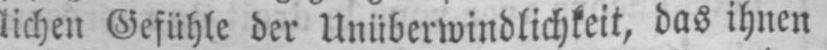
lichen Gefühle der Unüberwindlichkeit, das ihnen